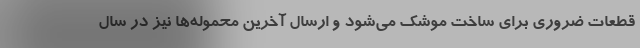
قطعات ضروری برای ساخت موشک می‌شود و ارسال آخرین محموله‌ها نیز در سال